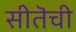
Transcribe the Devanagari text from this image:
सीतॆची